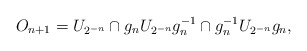
\begin{gather*} O_{n+1} = U_{2^{-n}} \cap g_n U_{2^{-n}} g_n^{-1} \cap g_n^{-1} U_{2^{-n}} g_n, \end{gather*}